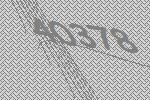
40378